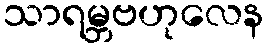
သာရမ္ဘဗဟုလေန